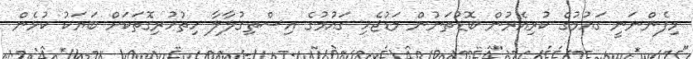
މިފެންނަނީ ގައުމުގެ ކުރިއެރުން ބޮޑުތަނުން މަޑުޖެހި ގައުމުގެ އިސްތިގުލާލާ ހިތުހުރިގޮތަކަށް ބަޔަކު ކުޅެން